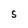
Character: S